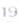
19